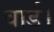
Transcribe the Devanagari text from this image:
वार्ड।